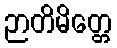
ဉာတိမိတ္တေ